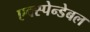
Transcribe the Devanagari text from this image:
एक्स्पेन्डेबल